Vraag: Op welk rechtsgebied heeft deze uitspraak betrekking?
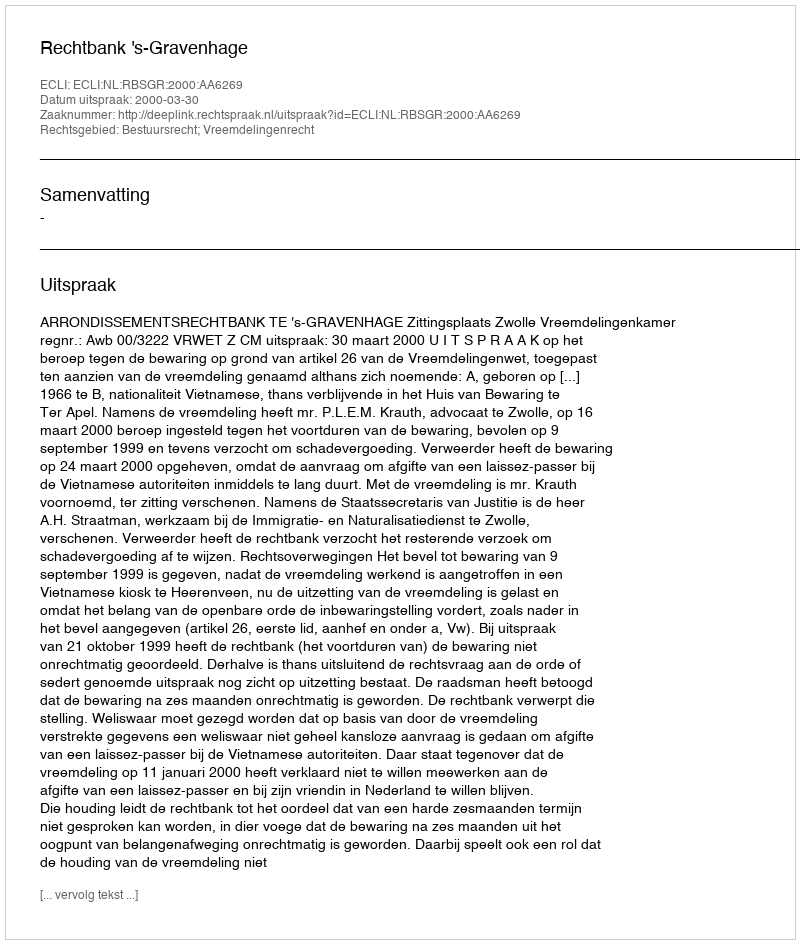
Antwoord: Bestuursrecht; Vreemdelingenrecht